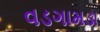
વડગામડા